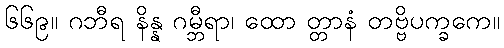
၆၆၉။ ဂဘီရ နိန္န ဂမ္ဘီရာ၊ ထော တ္တာနံ တဗ္ဗိပက္ခကေ။